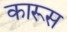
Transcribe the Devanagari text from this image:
कारूस